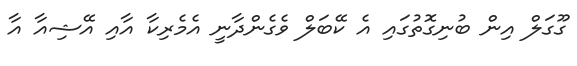
ގޫގަލް އިން ބުނިގޮތުގައި އެ ކޭބަލް ވެގެންދާނީ އެމެެރިކާ އާއި އޭޝިއާ އާ